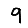
Digit: 9